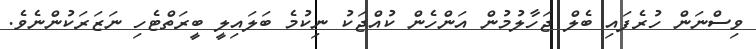
ވިސްނަން ހުރެފައި ބެލް ޖަހާލުމުން އަންހެން ކުއްޖަކު ނިކުމެ ބަލައިލީ ބީރަތްޓެހި ނަޒަރަކުންނެވެ.